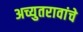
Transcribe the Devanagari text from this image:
अच्युतरावांचे